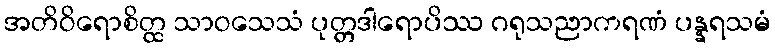
အတိဝိရောစိတ္ထ သာဝသေသံ ပုတ္တဒါရောပိဿ ဂရုသညာကရဏံ ပန္နရသမံ